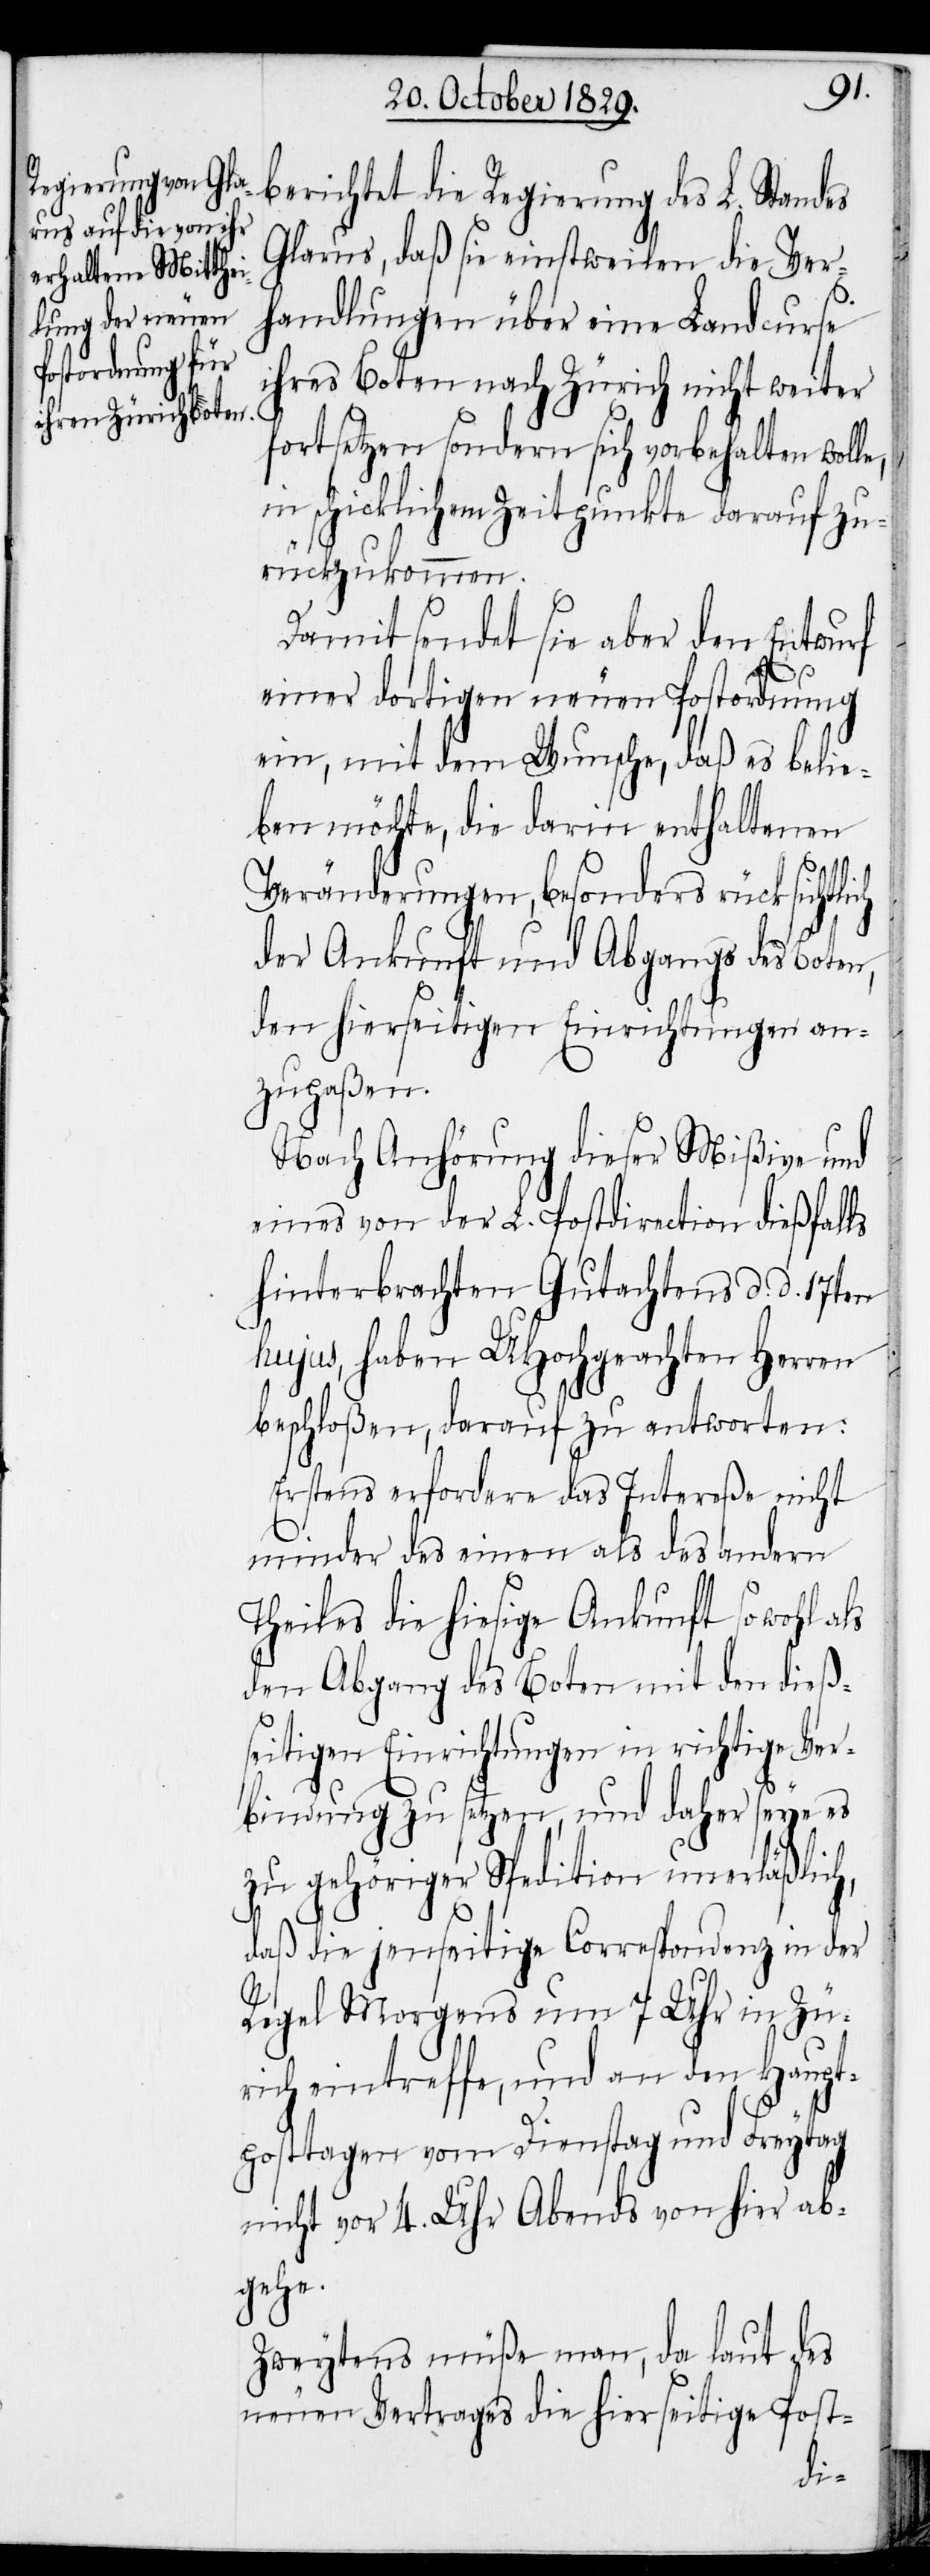
Glarus, daß sie einstweilen die Ver¬
handlungen über eine Landcurse
ihres Boten nach Zürich nicht weiter
fortsetzen sondern sich vorbehalten wolle,
in schicklichem Zeitpunkte darauf zu¬
rückzukommen.
Damit sendet sie aber den Entwurf
einer dortigen neuen Postforderung
ein, mit dem Wunsche, daß es belie¬
ben möchte, die darin enthaltenen
L.
Veränderungen, besonders rücksichtlich
der Ankunft und Abgangs des Boten,
den hierseitigen Einrichtungen an¬
zupaßen.
Nach Anhörung dieser Mißive und
eines von der L. Postdirection dießfalls
hinterbrachten Gutachtens d. d. 17ten
hujus, haben UHochgeachten Herren
beschloßen, darauf zu antworten:
Erstens erfordere das Intereße nicht
minder des einen als des andern
Theiles die hiesige Ankunft so wohl als
den Abgang des Boten mit den dieß¬
eitigen Einrichtungen in richtige Ver¬
bindung zu setzen, und daher seye es
zu gehöriger Spedition unerläßlich,
daß die jenseitige Correspondenz in der
Regel Morgens um 7 Uhr in Zü¬
rich eintreffe, und an den Haupt¬
posttagen vom Dienstag und Freytag
nicht vor 4. Uhr Abends von hier ab¬
gehe.
Zweytens müße man, da laut des
neuen Vertrages die hierseitige Post-
die